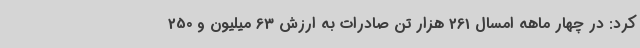
کرد: در چهار ماهه امسال 261 هزار تن صادرات به ارزش 63 میلیون و 250